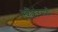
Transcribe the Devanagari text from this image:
स्कीइंगसाठी